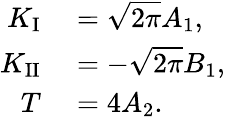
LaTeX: \begin{array}{rl}{K_{\mathrm{I}}}&{{}=\sqrt{2\pi}A_{1},}\\ {K_{\mathrm{II}}}&{{}=-\sqrt{2\pi}B_{1},}\\ {T}&{{}=4A_{2}.}\end{array}